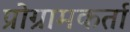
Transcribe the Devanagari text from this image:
प्रोग्रामकर्ता